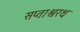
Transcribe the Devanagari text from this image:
सप्ताश्वरथ